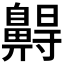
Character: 𪖭